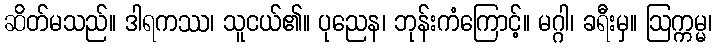
ဆိတ်မသည်။ ဒါရကဿ၊ သူငယ်၏။ ပုညေန၊ ဘုန်းကံကြောင့်။ မဂ္ဂါ၊ ခရီးမှ။ ဩက္ကမ္မ၊